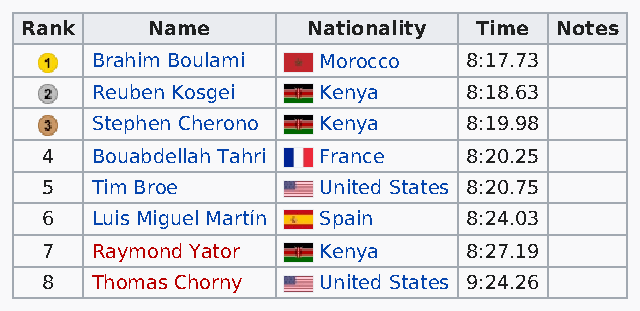
Rank     Name      Nationality Time Notes
 Brahim Boulami Morocco   8:17.73
 Reuben Kosgei  Kenya     8:18.63
 Stephen Cherono Kenya    8:19.98
 4  Bouabdellah Tahri France 8:20.25
 5  Tim Broe       United States 8:20.75
 6  Luis Miguel Martín Spain 8:24.03
 7  Raymond Yator  Kenya     8:27.19
 8  Thomas Chorny  United States 9:24.26